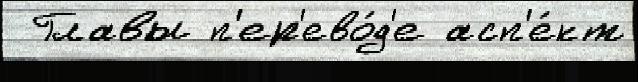
 Главы п'ер'ево́д'е асп'е́кт